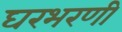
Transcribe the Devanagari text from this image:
घरभरणी